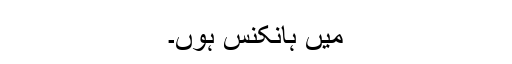
میں ہانکنس ہوں۔